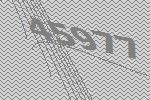
45977